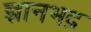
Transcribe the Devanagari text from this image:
ज्ञानभद्र